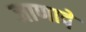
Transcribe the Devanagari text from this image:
जाणावे़